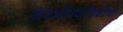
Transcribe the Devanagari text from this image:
जैवअभियांत्रिकीचा